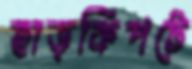
হাড়কিপটে